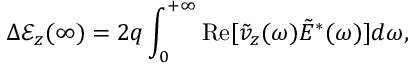
\Delta \mathcal { E } _ { z } ( \infty ) = 2 q \int _ { 0 } ^ { + \infty } \mathrm { R e } [ \tilde { v } _ { z } ( \omega ) \tilde { E } ^ { * } ( \omega ) ] d \omega ,